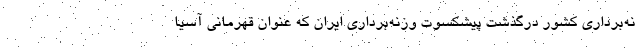
نه‌برداری کشور درگذشت پیشکسوت وزنه‌برداری ایران که عنوان قهرمانی آسیا